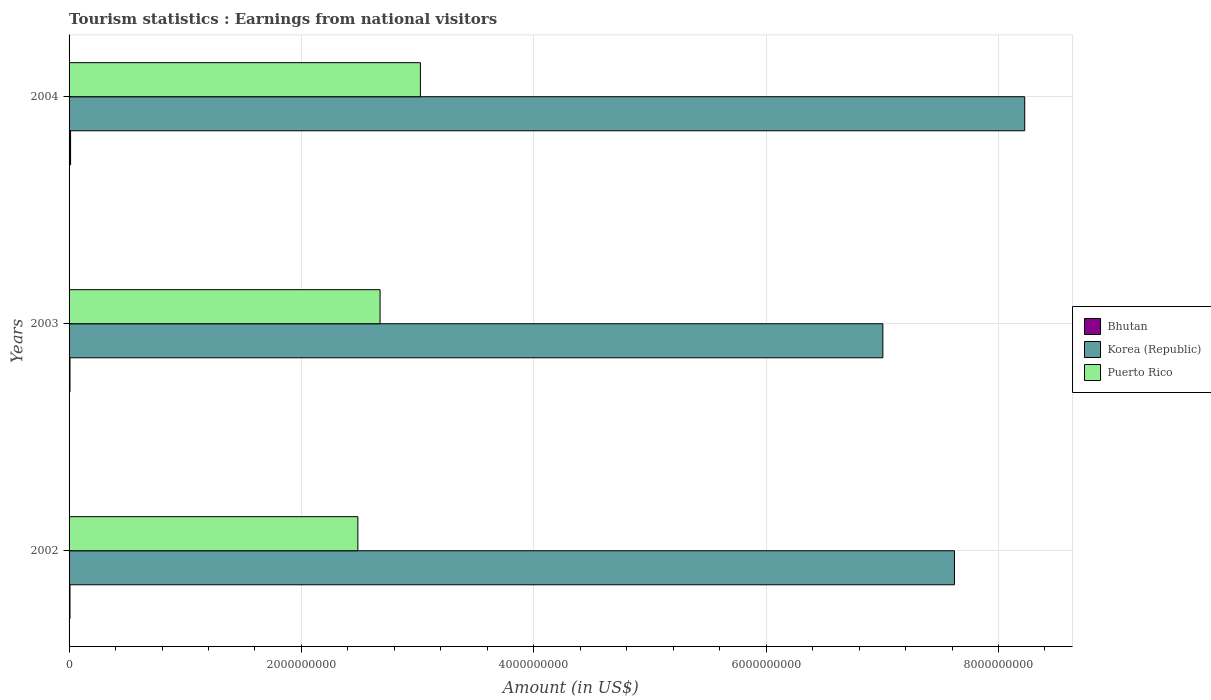
| Years | Bhutan | Korea (Republic) | Puerto Rico |
 | --- | --- | --- | --- |
 | 2002 | 8e+06 | 7.62e+09 | 2.49e+09 |
 | 2003 | 8e+06 | 7.00e+09 | 2.68e+09 |
 | 2004 | 1.3e+07 | 8.23e+09 | 3.02e+09 |